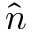
\hat { n }